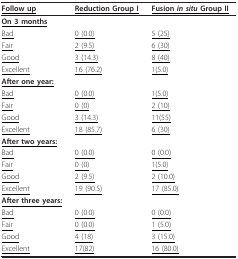
<table><thead><tr><td><b><underline>Follow up</underline></b></td><td><b><underline>Reduction Group I</underline></b></td><td><b><underline>Fusion <i>in situ </i>Group II</underline></b></td></tr></thead><tbody><tr><td><b><underline>On 3 months</underline></b></td><td></td><td></td></tr><tr><td><underline>Bad</underline></td><td><underline>0 (0.0)</underline></td><td><underline>5 (25)</underline></td></tr><tr><td><underline>Fair</underline></td><td><underline>2 (9.5)</underline></td><td><underline>6 (30)</underline></td></tr><tr><td><underline>Good</underline></td><td><underline>3 (14.3)</underline></td><td><underline>8 (40)</underline></td></tr><tr><td><underline>Excellent</underline></td><td><underline>16 (76.2)</underline></td><td><underline>1(5.0)</underline></td></tr><tr><td><b><underline>After one year:</underline></b></td><td></td><td></td></tr><tr><td><underline>Bad</underline></td><td><underline>0 (0.0)</underline></td><td><underline>1(5.0)</underline></td></tr><tr><td><underline>Fair</underline></td><td><underline>0 (0)</underline></td><td><underline>2 (10)</underline></td></tr><tr><td><underline>Good</underline></td><td><underline>3 (14.3)</underline></td><td><underline>11(55)</underline></td></tr><tr><td><underline>Excellent</underline></td><td><underline>18 (85.7)</underline></td><td><underline>6 (30)</underline></td></tr><tr><td><b><underline>After two years:</underline></b></td><td></td><td></td></tr><tr><td><underline>Bad</underline></td><td><underline>0 (0.0)</underline></td><td><underline>0 (0.0)</underline></td></tr><tr><td><underline>Fair</underline></td><td><underline>0 (0)</underline></td><td><underline>1(5.0)</underline></td></tr><tr><td><underline>Good</underline></td><td><underline>2 (9.5)</underline></td><td><underline>2 (10.0)</underline></td></tr><tr><td><underline>Excellent</underline></td><td><underline>19 (90.5)</underline></td><td><underline>17 (85.0)</underline></td></tr><tr><td><b><underline>After three years:</underline></b></td><td></td><td></td></tr><tr><td><underline>Bad</underline></td><td><underline>0 (0.0)</underline></td><td><underline>0 (0.0)</underline></td></tr><tr><td><underline>Fair</underline></td><td><underline>0 (0.0)</underline></td><td><underline>1 (5.0)</underline></td></tr><tr><td><underline>Good</underline></td><td><underline>4 (18)</underline></td><td><underline>3 (15.0)</underline></td></tr><tr><td><underline>Excellent</underline></td><td><underline>17(82)</underline></td><td><underline>16 (80.0)</underline></td></tr></tbody></table>